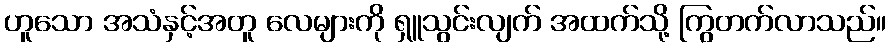
ဟူသော အသံနှင့်အတူ လေများကို ရှူသွင်းလျက် အထက်သို့ ကြွတက်လာသည်။